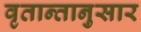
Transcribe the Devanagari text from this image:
वृतान्तानुसार